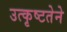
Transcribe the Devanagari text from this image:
उत्कृष्टतेने